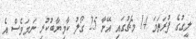
ލީގުގެ ފުރަތަމަ 14 މެޗުގައި އޭނާ 25 ގޯލު ކާމިޔާބުކުރި ނަމަވެސް އެ